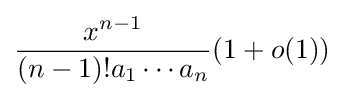
{\frac {x^{n-1}}{(n-1)!a_{1}\cdots a_{n}}}(1+o(1))